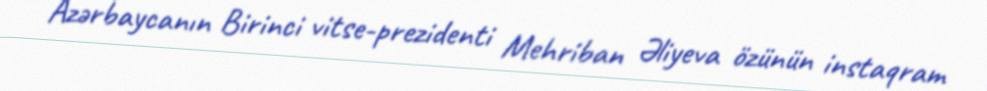
Azərbaycanın Birinci vitse-prezidenti Mehriban Əliyeva özünün instaqram